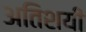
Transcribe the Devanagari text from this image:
अतिशयी